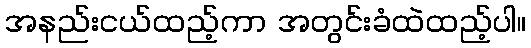
အနည်းငယ်ထည့်ကာ အတွင်းခံထဲထည့်ပါ။